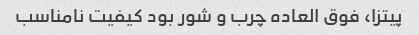
پیتزا، فوق العاده چرب و شور بود کیفیت نامناسب